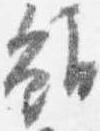
雖